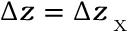
\Delta z = \Delta z _ { _ { \textrm { X } } }